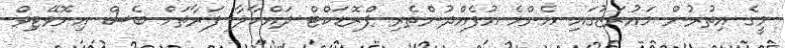
މީގެ އިތުރުން މައުރަޒުގައި އެންމެ އުފެއްދުންތެރި ޕްރޮޑަކްޓް ދައްކާލާ ފަރާތަށް ބެސް އިނޮވޭޓިވް